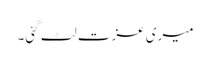
میری عزت لٹ گئی۔